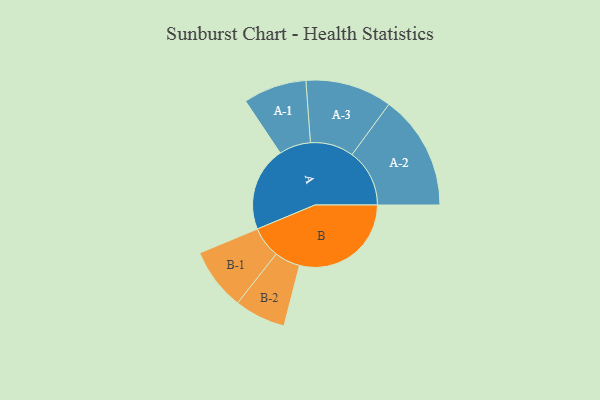
{"axis": {"x": "Segment", "y": "Value"}, "legend": ["", "A", "B"], "data": [{"x": "A", "y": 333, "type": ""}, {"x": "B", "y": 441, "type": ""}, {"x": "A-1", "y": 125, "type": "A"}, {"x": "A-2", "y": 227, "type": "A"}, {"x": "A-3", "y": 171, "type": "A"}, {"x": "B-1", "y": 123, "type": "B"}, {"x": "B-2", "y": 101, "type": "B"}]}